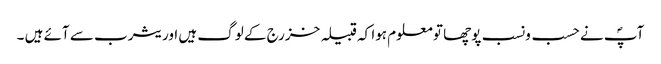
آپؐ نے حسب ونسب پوچھا تو معلوم ہوا کہ قبیلہ خزرج کے لوگ ہیں اور یثرب سے آئے ہیں ۔